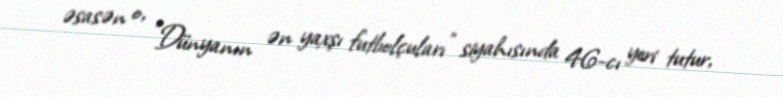
əsasən o, "Dünyanın ən yaxşı futbolçuları" siyahısında 46-cı yeri tutur,